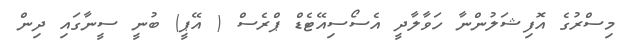
މިސްރުގެ އޮފިޝަލުންނާ ހަވާލާދީ އެސޯސިއޭޓެޑް ޕްރެސް ( އޭޕީ) ބުނީ ސީނާގައި ދިން